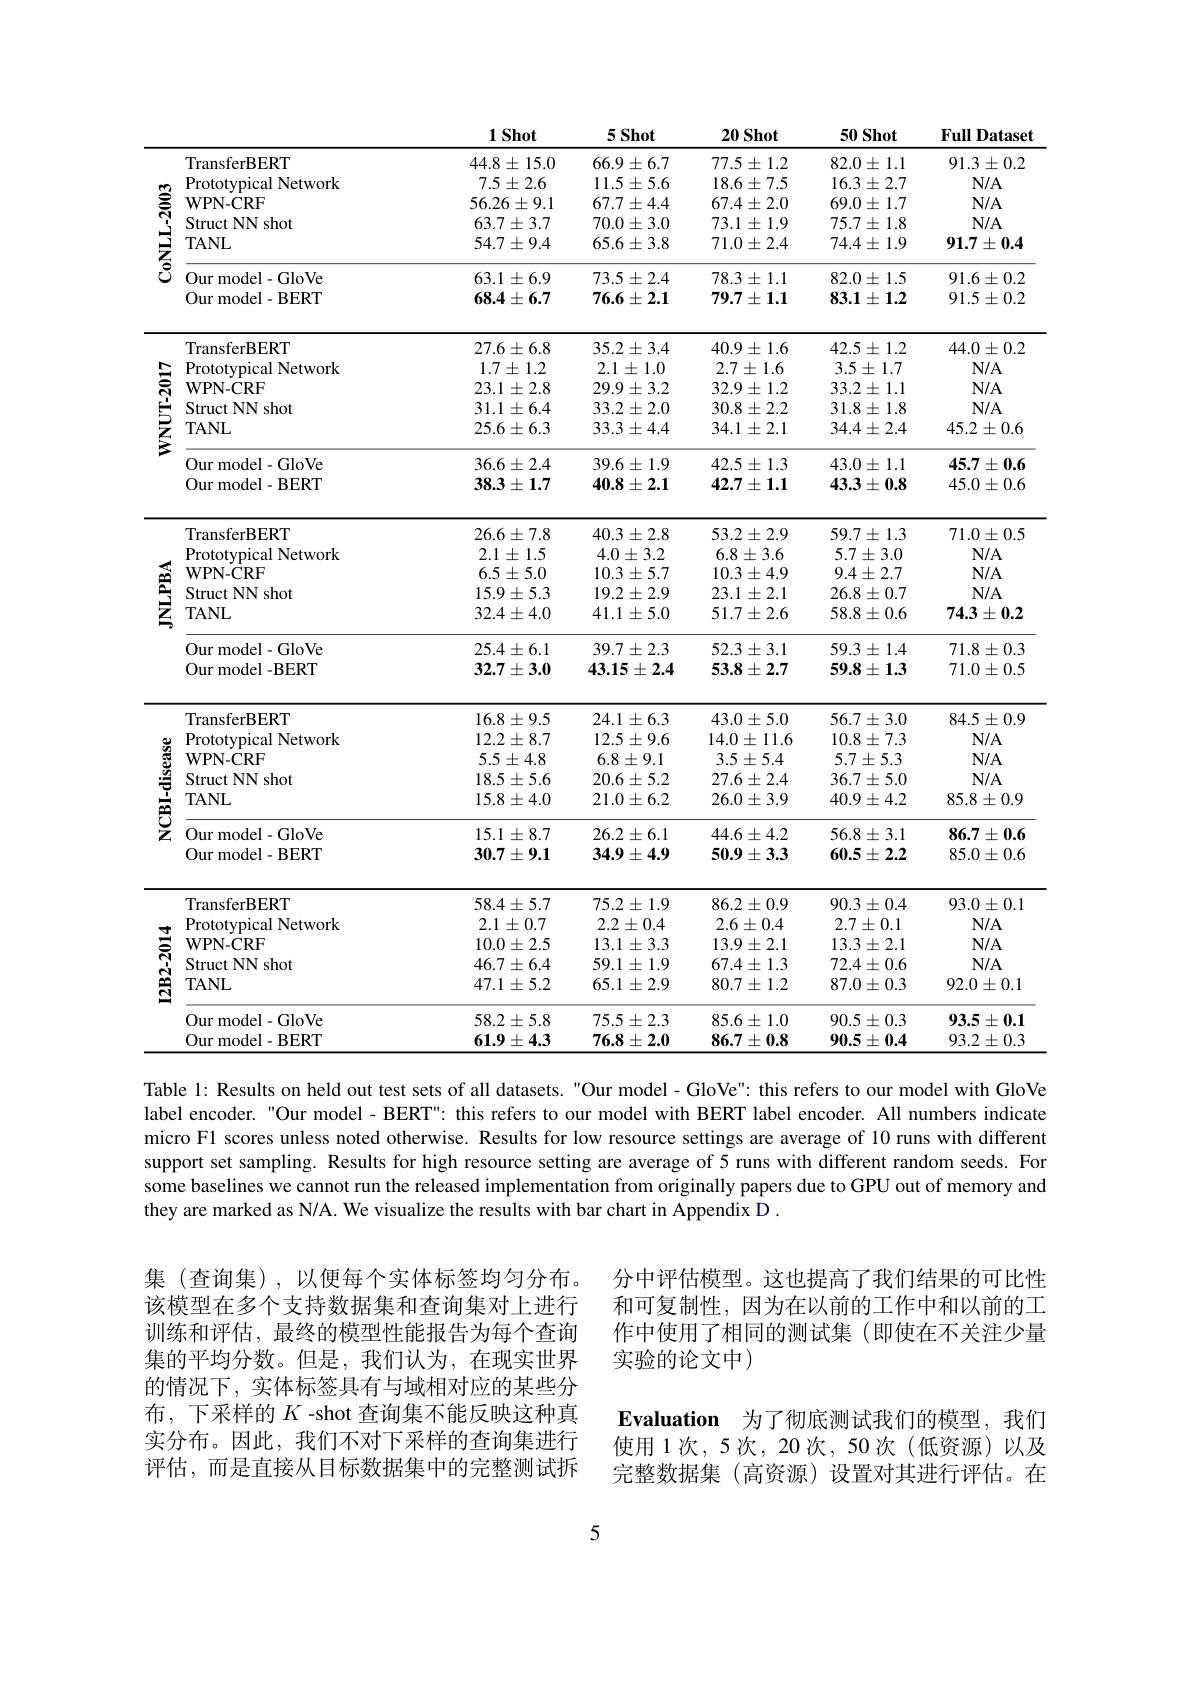
<table>
	<tbody>
		<tr>
			<th> </th>
			<th> </th>
			<th>$1Shot$</th>
			<th>$5Shot$</th>
			<th>20 Shot</th>
			<th>50 Shot</th>
			<th>FullI Dataset</th>
		</tr>
		<tr>
			<td rowspan="6">$\mathbf{CoNLL-2003}$</td>
			<td>TransferBERT</td>
			<td>$44.8\pm15.0$</td>
			<td>$66.9\pm6.7$</td>
			<td>$77.5\pm1.2$</td>
			<td>$82.0\pm1.1$</td>
			<td>$91.3\pm0.2$</td>
		</tr>
		<tr>
			<td>Prototvpical Network</td>
			<td>$7.5\pm2.6$</td>
			<td>$11.5\pm5.6$</td>
			<td>$18.6\pm7.5$</td>
			<td>$16.3\pm2.7$</td>
			<td>$N/A$</td>
		</tr>
		<tr>
			<td>$\mathbf{WPN-CRF}$</td>
			<td>$56.26\pm9.1$</td>
			<td>$67.7\pm4.4$</td>
			<td>$67.4\pm2.0$</td>
			<td>$69.0\pm1.7$</td>
			<td>$N/A$</td>
		</tr>
		<tr>
			<td>Struct NN shot</td>
			<td>$63.7\pm3.7$</td>
			<td>$70.0\pm3.0$</td>
			<td>$73.1\pm1.9$</td>
			<td>$75.7\pm1.8$</td>
			<td>$N/A$</td>
		</tr>
		<tr>
			<td>TANL</td>
			<td>$54.7\pm9.4$</td>
			<td>$65.6\pm3.8$</td>
			<td>$71.0\pm2.4$</td>
			<td>$74.4\pm1.9$</td>
			<td>$91.7\pm0.4$</td>
		</tr>
		<tr>
			<td>Our model- GloVe</td>
			<td>$63.1\pm6.9$</td>
			<td>$73.5\pm2.4$</td>
			<td>$78.3\pm1.1$</td>
			<td>$82.0\pm1.5$</td>
			<td>$91.6\pm0.2$</td>
		</tr>
		<tr>
			<td> </td>
			<td>Our model- BERT</td>
			<td>$68.4\pm6.7$</td>
			<td>$76.6\pm2.1$</td>
			<td>$79.7\pm1.1$</td>
			<td>$83.1\pm1.2$</td>
			<td>$91.5\pm0.2$</td>
		</tr>
		<tr>
			<td rowspan="6">$\mathbf{WNUT-2017}$</td>
			<td>TransferBERT</td>
			<td>$27.6\pm6.8$</td>
			<td>$35.2\pm3.4$</td>
			<td>$40.9\pm1.6$</td>
			<td>$42.5\pm1.2$</td>
			<td>$44.0\pm0.2$</td>
		</tr>
		<tr>
			<td>${\mathrm{Prototypical}}$ Network</td>
			<td>$1.7\pm1.2$</td>
			<td>$2.1\pm1.0$</td>
			<td>$2.7\pm1.6$</td>
			<td>$3.5\pm1.7$</td>
			<td>$N/A$</td>
		</tr>
		<tr>
			<td>$\mathbf{WPN-CRF}$</td>
			<td>$23.1\pm2.8$</td>
			<td>$29.9\pm3.2$</td>
			<td>32.9 $)\pm1$ 1.2</td>
			<td>$33.2\pm1.1$</td>
			<td>$N/A$</td>
		</tr>
		<tr>
			<td>Struct NN shot</td>
			<td>$31.1\pm6.4$</td>
			<td>$33.2\pm2.0$</td>
			<td>30.8 $\pm2.2$</td>
			<td>$31.8\pm$ 1.8</td>
			<td>$N/A$</td>
		</tr>
		<tr>
			<td>IANL</td>
			<td>$\angle{\mathcal D}.6\pm6.5$</td>
			<td>$SS.S\pm4.4$</td>
			<td>$34.1\pm L.1$</td>
			<td>$34.4\pm2.4$</td>
			<td>$45.\angle\pm0.6$</td>
		</tr>
		<tr>
			<td>Our model-GloVe 11 urmodel- BERT</td>
			<td>$36.6\pm2.4$ 38.3+1.7</td>
			<td>$39.6\pm$ =1.9 40.8+2.1</td>
			<td>$\pm1.3$ 42.5 42.7+ 1 1</td>
			<td>$43.0\pm$ =1.1 43.3 + $\mathbf{0}\mathbf{x}$</td>
			<td>$45.7\pm0.6$ 450+06</td>
		</tr>
		<tr>
			<td> </td>
			<td>Our model-BERT</td>
			<td>$38.3\pm1.7$</td>
			<td>$40.8\pm2.1$</td>
			<td>$42.7\pm1.1$</td>
			<td>$43.3\pm0.8$</td>
			<td>$45.0\pm0.6$</td>
		</tr>
		<tr>
			<td rowspan="7">霪</td>
			<td>Prototypical Network</td>
			<td>$2.1\pm1.5$</td>
			<td>$4.0\pm3.2$</td>
			<td>$6.8\pm3.6$</td>
			<td>$5.7\pm3.0$</td>
			<td>$N/A$</td>
		</tr>
		<tr>
			<td>$\mathbf{u}_{1}P$ $\mathbf{WPN-CRF}$</td>
			<td>65+50</td>
			<td>103+57</td>
			<td>L 10 3+4 9</td>
			<td>$\textcircled{1}4+7$</td>
			<td> </td>
		</tr>
		<tr>
			<td>$\mathbf{WPN-CRF}$</td>
			<td>$6.5\pm5.0$</td>
			<td>$10.3\pm5.7$</td>
			<td>$10.3\pm4.9$</td>
			<td>$9.4\pm2.7$</td>
			<td>$N/A$</td>
		</tr>
		<tr>
			<td>Struct NN shot</td>
			<td>150+53</td>
			<td>10 7+ 70</td>
			<td>231 4</td>
			<td>768 +07</td>
			<td>N/A</td>
		</tr>
		<tr>
			<td>Struct NN shot</td>
			<td>1.5.9 十 0..</td>
			<td>$19.2\pm2.9$</td>
			<td>$23.1\pm2.1$</td>
			<td>$26.8\pm0.$</td>
			<td>$IA$ $Nf$</td>
		</tr>
		<tr>
			<td> </td>
			<td>1-</td>
			<td>-L $W$</td>
			<td>-</td>
			<td>$J\bullet U$ - U</td>
			<td> </td>
		</tr>
		<tr>
			<td>Our model-GloVe Our model -BERT</td>
			<td>$25.4\pm6.1$ $32.7\pm3.0$</td>
			<td>$39.7\pm2.3$ $43.15\pm2.4$</td>
			<td>$52.3\pm3.1$ $53.8\pm2.7$</td>
			<td>$$59.3\pm1.4$$ $59.8\pm1.3$</td>
			<td>$71.8\pm0.3$ $71.0\pm0.5$</td>
		</tr>
		<tr>
			<td rowspan="7">$\mathbf{NCBI-disease}$</td>
			<td>TransferBERT</td>
			<td>$16.8\pm9.5$</td>
			<td>24.1 士 6.3</td>
			<td>43.0 $\pm5.0$</td>
			<td>$56.7\pm3.0$</td>
			<td>$84.5\pm0.9$</td>
		</tr>
		<tr>
			<td>Prototypical Network</td>
			<td>$12.2\pm8.7$</td>
			<td>$12.5\pm9.6$</td>
			<td>$14.0\pm11.6$</td>
			<td>$10.8\pm7.3$</td>
			<td>$N/A$</td>
		</tr>
		<tr>
			<td>Struct NN shot</td>
			<td>185+56</td>
			<td>206 $+5\gamma$</td>
			<td>776 $+\mathcal{O}_{A}$</td>
			<td>367. $L$ 5</td>
			<td>N/A</td>
		</tr>
		<tr>
			<td>ouue - TNA $\neg AMT$</td>
			<td>L 15 0</td>
			<td>$\angle W.0$ 1 $c$ $n$ 1 T</td>
			<td>$L$ $L$ 4 A</td>
			<td>00.1. $J.U$</td>
			<td>$A$ $1\mathbf{V}$ 1 T</td>
		</tr>
		<tr>
			<td>TANL</td>
			<td>$15.8\pm4.0$</td>
			<td>$21.0\pm6.2$</td>
			<td>$26.0\pm3.9$</td>
			<td>$40.9\pm4.2$</td>
			<td>$85.8\pm0.9$</td>
		</tr>
		<tr>
			<td>Our model- GloVe Our model- BERT</td>
			<td>$15.1\pm8.7$ $30.7\pm9.1$</td>
			<td>$26.2\pm6.1$ $34.9\pm4.9$</td>
			<td>$$44.6\pm4.2$$ $50.9\pm3.3$</td>
			<td>$56.8\pm3.1$ $60.5\pm2.2$</td>
			<td>$86.7\pm0.6$ $85.0\pm0.6$</td>
		</tr>
		<tr>
			<td>Our model-BERT</td>
			<td>$30.7\pm9.1$</td>
			<td>$34.9\pm4.9$</td>
			<td>$50.9\pm3.3$</td>
			<td>$60.5\pm2.2$</td>
			<td>$85.0\pm0.6$</td>
		</tr>
		<tr>
			<td> </td>
			<td>TransferBERT</td>
			<td>$58.4\pm5.7$</td>
			<td>$75.2\pm1.9$</td>
			<td>$86.2\pm0.9$</td>
			<td>$90.3\pm0.4$</td>
			<td>$93.0\pm0.1$</td>
		</tr>
		<tr>
			<td rowspan="6">$\mathbf{I2B2-2014}$</td>
			<td>Prototypical Network</td>
			<td>$2.1\pm0.7$</td>
			<td>$2.2\pm0.4$</td>
			<td>$2.6\pm0.4$</td>
			<td>$2.7\pm0.1$</td>
			<td>$N/A$</td>
		</tr>
		<tr>
			<td>$\mathbf{WPN-CRF}$</td>
			<td>$10.0\pm2.5$</td>
			<td>$13.1\pm3.3$</td>
			<td>$13.9\pm2.1$</td>
			<td>$13.3\pm2.1$</td>
			<td>$N/A$</td>
		</tr>
		<tr>
			<td>Struct NN Vshot</td>
			<td>$46.7\pm6.4$</td>
			<td>$59.1\pm1.9$</td>
			<td>$67.4\pm1.3$</td>
			<td>$72.4\pm0.6$</td>
			<td>$N/A$</td>
		</tr>
		<tr>
			<td>TANL</td>
			<td>$47.1\pm5.2$</td>
			<td>$65.1\pm2.9$</td>
			<td>$80.7\pm1.2$</td>
			<td>$87.0\pm0.3$</td>
			<td>$92.0\pm0.1$</td>
		</tr>
		<tr>
			<td>Our model- GloVe</td>
			<td>$58.2\pm5.8$</td>
			<td>$75.5\pm2.3$</td>
			<td>$85.6\pm1.0$</td>
			<td>$90.5\pm0.3$</td>
			<td>$93.5\pm0.1$</td>
		</tr>
		<tr>
			<td>Our model- BERT</td>
			<td>$61.9\pm4.3$</td>
			<td>$76.8\pm2.0$</td>
			<td>$86.7\pm0.8$</td>
			<td>$90.5\pm0.4$</td>
			<td>$93.2\pm0.3$</td>
		</tr>
	</tbody>
</table>

Table 1: Results on held out test sets of all datasets. "Our model- GloVe": this refers to our model with GloVe label encoder. "Our model - BERT" this refers to our model with BERT label encoder. All numbers indicate micro F1 scores unless noted otherwise. Results for low resource settings are average of 10 runs with different support set sampling. Results for high resource setting are average of 5 runs with different random seeds. For some baselines we cannot run the released implementation from originally papers due to GPU out of memory and they are marked as N/A. We visualize the results with bar chart in Appendix D .

分中评估模型。这也提高了我们结果的可比性和可复制性，因为在以前的工作中和以前的工作中使用了相同的测试集(即使在不关注少量实验的论文中)

集(查询集),以便每个实体标签均匀分布。该模型在多个支持数据集和查询集对上进行训练和评估，最终的模型性能报告为每个查询集的平均分数。但是，我们认为，在现实世界的情况下，实体标签具有与域相对应的某些分布，下采样的$K$ -shot 查询集不能反映这种真实分布。因此，我们不对下采样的查询集进行评估，而是直接从目标数据集中的完整测试拆

$\textbf{Evaluation}$ 为了彻底测试我们的模型，我们使用1次，5次，20次，50次(低资源)以及完整数据集 (高资源) 设置对其进行评估。在

5